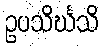
ဥပသိင်္ဃသိ